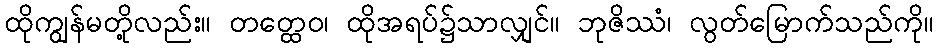
ထိုကျွန်မတို့လည်း။ တတ္ထေဝ၊ ထိုအရပ်၌သာလျှင်။ ဘုဇိဿံ၊ လွတ်မြောက်သည်ကို။